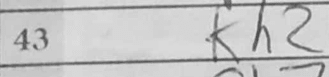
Transcription: Kh2